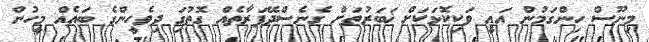
މިނޫސް ހިންގަމުން އަައީ ވަކިކޮޅަކަށް ޚަބަރުތަށް ގެނެސްދޭފަރާތެއް ގޮތުގަި ދިވެހީންގެ ބައެއް މީހުން